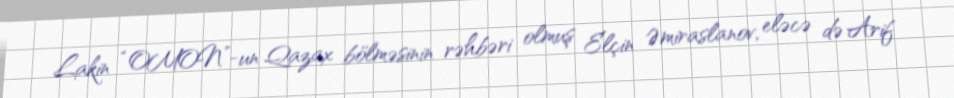
Lakin “OMON”-un Qazax bölməsinin rəhbəri olmuş Elçin Əmiraslanov, eləcə də Arif